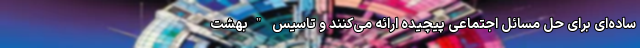
ساده‌ای برای حل مسائل اجتماعی پیچیده ارائه می‌کنند و تاسیس "بهشت